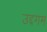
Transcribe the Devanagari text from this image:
उद्दगम